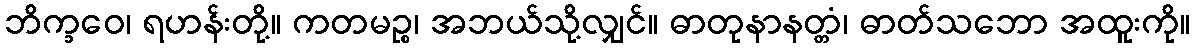
ဘိက္ခဝေ၊ ရဟန်းတို့။ ကတမဉ္စ၊ အဘယ်သို့လျှင်။ ဓာတုနာနတ္တံ၊ ဓာတ်သဘော အထူးကို။